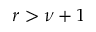
r > \nu + 1